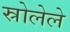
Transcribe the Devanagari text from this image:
स्रोलेले